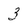
Character: 3